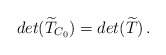
\begin{align*}det(\widetilde{T}_{C_0})=det(\widetilde{T})\,. \end{align*}